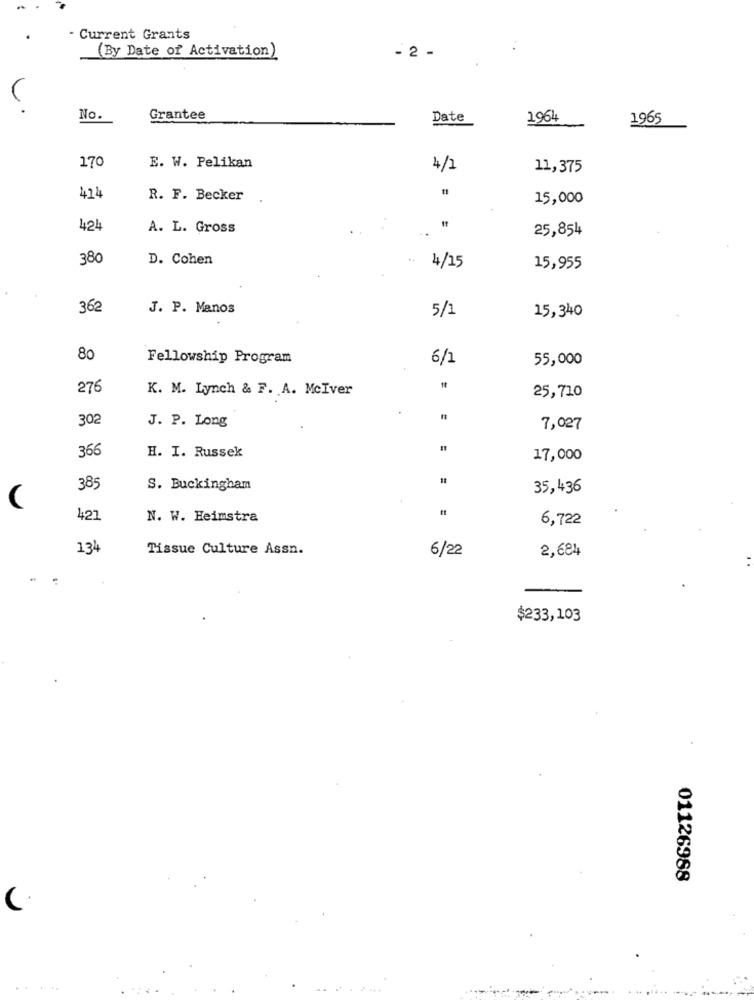
- Current Grants
- 2 -
..
(By Date of Activation)
No.
Grantee
Date
1964
1965
170
E. W. Pelikan
4/1
11,375
414
R. F. Becker
15,000
=
424
A. L. Gross
25,854
380
D. Cohen
4/15
15,955
362
J. P. Manos
5/1
15,340
80
Fellowship Program
6/1
55,000
276
K. M. Lynch & F. A. McIver
25,710
302
J. P. Long
7,027
366
H. I. Russek
17,000
385
S. Buckingham
35,436
(
421
N. W. Heimstra
6,722
134
Tissue Culture Assn.
6/22
2,684
$233,103
01126988